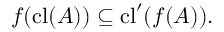
f ( \mathrm { c l } ( A ) ) \subseteq \mathrm { c l } ^ { \prime } ( f ( A ) ) .